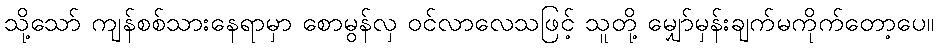
သို့သော် ကျန်စစ်သားနေရာမှာ စောမွန်လှ ဝင်လာလေသဖြင့် သူတို့ မျှော်မှန်းချက်မကိုက်တော့ပေ။